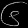
Digit: ၆